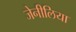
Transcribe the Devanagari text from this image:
जेनीलिया